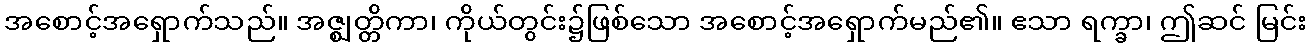
အစောင့်အရှောက်သည်။ အဇ္ဈတ္တိကာ၊ ကိုယ်တွင်း၌ဖြစ်သော အစောင့်အရှောက်မည်၏။ ဧသာ ရက္ခာ၊ ဤဆင် မြင်း